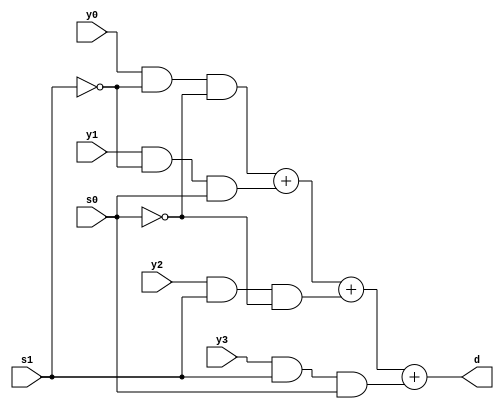
module MUX(s1,s0,y0,y1,y2,y3,d);
input s1,s0,y0,y1,y2,y3;
output d;
assign d = (y0&!s1&!s0) + (y1&!s1&s0) + (y2&s1&!s0) + (y3&s1&s0);
endmodule